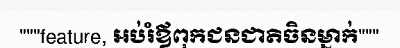
"""feature, អប់រំឪពុកជនជាតិចិនម្នាក់"""